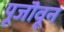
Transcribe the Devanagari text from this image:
पूजॊवून